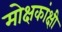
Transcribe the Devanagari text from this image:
मोक्षकांक्षी